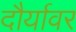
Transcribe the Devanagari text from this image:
दौर्यावर